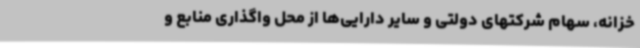
خزانه، سهام شرکتهای دولتی و سایر دارایی‌ها از محل واگذاری منابع و